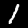
Label: 1